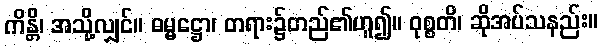
ကိန္တိ၊ အသို့လျှင်။ ဓမ္မဋ္ဌော၊ တရား၌တည်၏ဟူ၍။ ဝုစ္စတိ၊ ဆိုအပ်သနည်း။